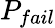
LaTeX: P_{fail}